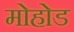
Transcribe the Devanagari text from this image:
मोहोड